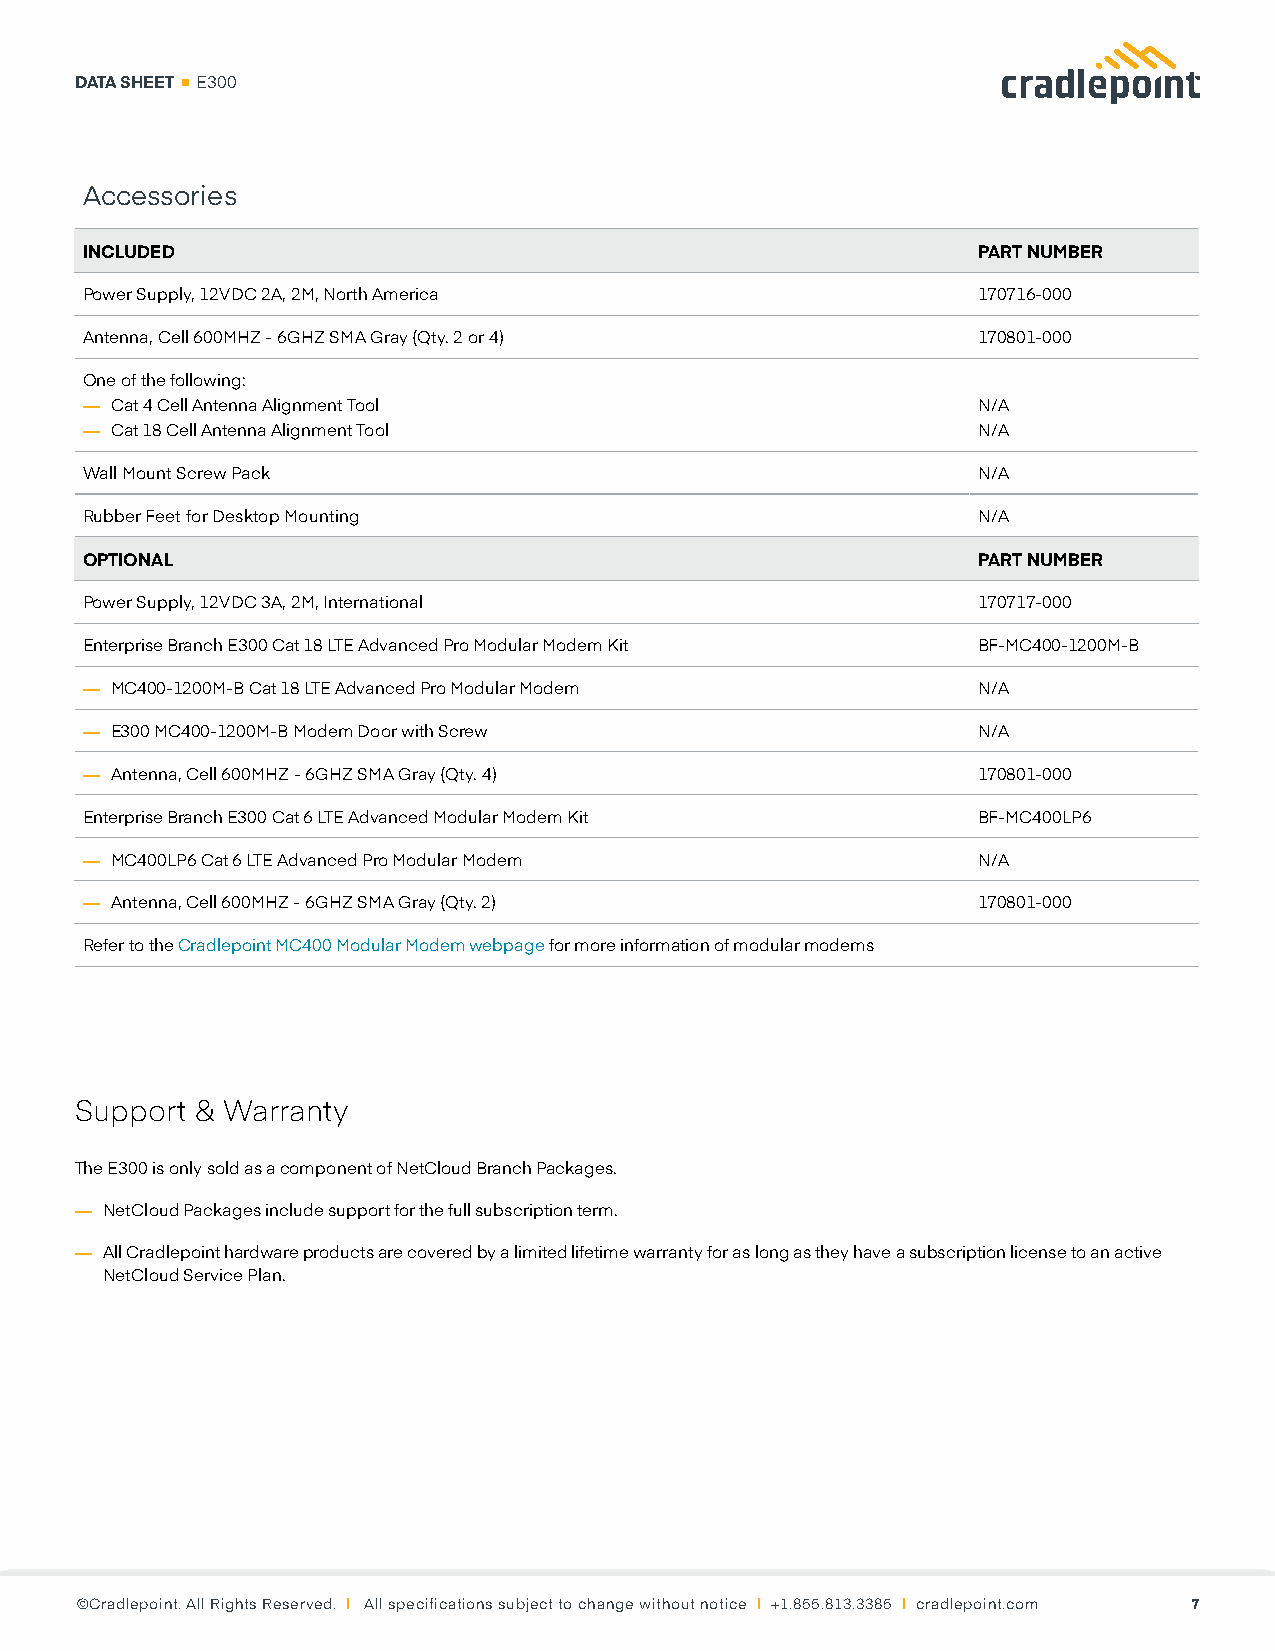
DATA SHEET E300
 Accessories
 INCLUDED                                                    PART NUMBER
 Power Supply, 12VDC 2A, 2M, North America                   170716-000
 Antenna, Cell 600MHZ - 6GHZ SMA Gray (Qty. 2 or 4)          170801-000
 One of the following:
 — Cat 4 Cell Antenna Alignment Tool                         N/A
 — Cat 18 Cell Antenna Alignment Tool                        N/A
 Wall Mount Screw Pack                                       N/A
 Rubber Feet for Desktop Mounting                            N/A
 OPTIONAL                                                    PART NUMBER
 Power Supply, 12VDC 3A, 2M, International                   170717-000
 Enterprise Branch E300 Cat 18 LTE Advanced Pro Modular Modem Kit BF-MC400-1200M-B
 — MC400-1200M-B Cat 18 LTE Advanced Pro Modular Modem       N/A
 — E300 MC400-1200M-B Modem Door with Screw                  N/A
 — Antenna, Cell 600MHZ - 6GHZ SMA Gray (Qty. 4)             170801-000
 Enterprise Branch E300 Cat 6 LTE Advanced Modular Modem Kit BF-MC400LP6
 — MC400LP6 Cat 6 LTE Advanced Pro Modular Modem             N/A
 — Antenna, Cell 600MHZ - 6GHZ SMA Gray (Qty. 2)             170801-000
 Refer to the Cradlepoint MC400 Modular Modem webpage for more information of modular modems
 Support & Warranty
 The E300 is only sold as a component of NetCloud Branch Packages.
 — NetCloud Packages include support for the full subscription term.
 — All Cradlepoint hardware products are covered by a limited lifetime warranty for as long as they have a subscription license to an active
 NetCloud Service Plan.
 ©Cradlepoint. All Rights Reserved. | All specifications subject to change without notice | +1.855.813.3385 | cradlepoint.com 7